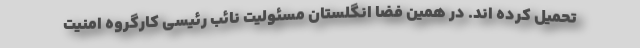
تحمیل کرده اند. در همین فضا انگلستان مسئولیت نائب رئیسی کارگروه امنیت